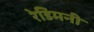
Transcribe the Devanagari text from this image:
रेडिमनी